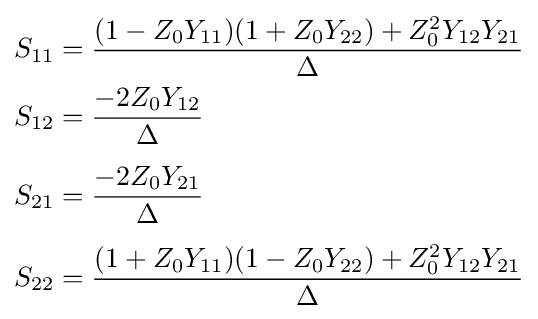
{\begin{aligned}S_{11}&={(1-Z_{0}Y_{11})(1+Z_{0}Y_{22})+Z_{0}^{2}Y_{12}Y_{21} \over \Delta }\\S_{12}&={-2Z_{0}Y_{12} \over \Delta }\\[4pt]S_{21}&={-2Z_{0}Y_{21} \over \Delta }\\[4pt]S_{22}&={(1+Z_{0}Y_{11})(1-Z_{0}Y_{22})+Z_{0}^{2}Y_{12}Y_{21} \over \Delta }\end{aligned}}